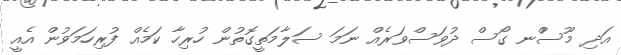
އަދި މޫސުްނ ގޯސް ދުވަސްވަރެއް ނަމަ ސަލާމަތީގޮތުން ހުރިހާ ކަމެއް ފުރިހަމަވުން އެއީ